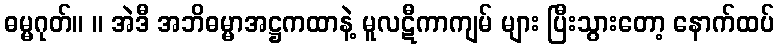
ဓမ္မဂုတ်။ ။ အဲဒီ အဘိဓမ္မာအဋ္ဌကထာနဲ့ မူလဋီကာကျမ် များ ပြီးသွားတော့ နောက်ထပ်